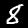
Digit: 8